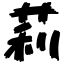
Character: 莉